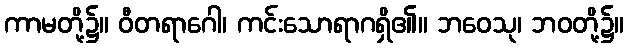
ကာမတို့၌။ ဝီတရာဂေါ၊ ကင်းသောရာဂရှိ၏။ ဘဝေသု၊ ဘဝတို့၌။